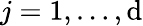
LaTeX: j=1,\ldots,\mathrm{d}